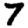
Digit: 7